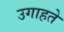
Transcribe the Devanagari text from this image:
उगाहते